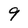
Character: 9